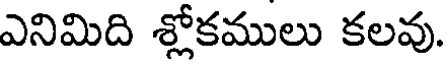
ఎనిమిది శ్లోకములు కలవు.